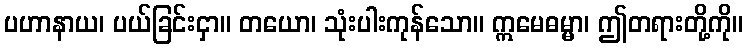
ပဟာနာယ၊ ပယ်ခြင်းငှာ။ တယော၊ သုံးပါးကုန်သော။ ဣမေဓမ္မာ၊ ဤတရားတို့ကို။